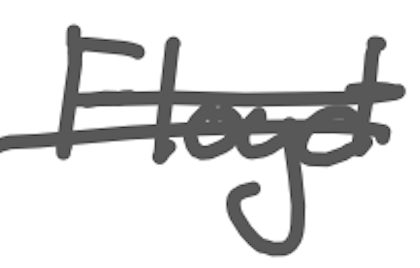
Text: Floyd
Cross-out: double-line
Writing tool: digital_gray